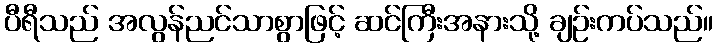
ပီရီသည် အလွန်ညင်သာစွာဖြင့် ဆင်ကြီးအနားသို့ ချဉ်းကပ်သည်။